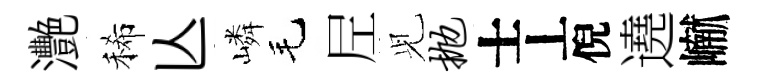
灧稀亾嶙毛𡰱𫤗抛士丄倪遶𪩘